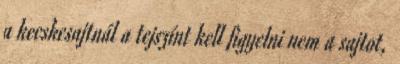
a kecskesajtnál a tejszínt kell figyelni nem a sajtot,